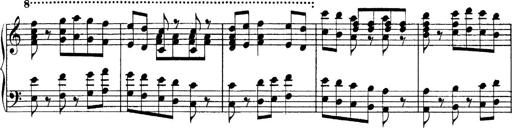
Title: Sonatina No.6
Composer: Ferruccio Busoni